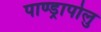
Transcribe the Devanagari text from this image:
पाण्ड्रापोलु